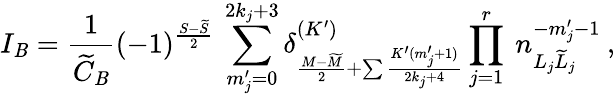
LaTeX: I_{\mathit{B}}=\frac{{1}}{{\widetilde{C}_{\mathit{B}}}}(-1)^{\frac{{S-\widetilde{{S}}}}{{2}}}\: \sum_{m_{j}^{\prime}=0}^{2k_{j}+3}\delta_{\frac{{M-\widetilde{{M}}}}{{2}}+\sum\frac{{K^{\prime}(m_{j}^{\prime}+1)}}{{2k_{j}+4}}}^{(K^{\prime})}\prod_{j=1}^{r}\: n_{L_{j}\widetilde{{L}}_{j}}^{-m_{j}^{\prime}-1}\: ,